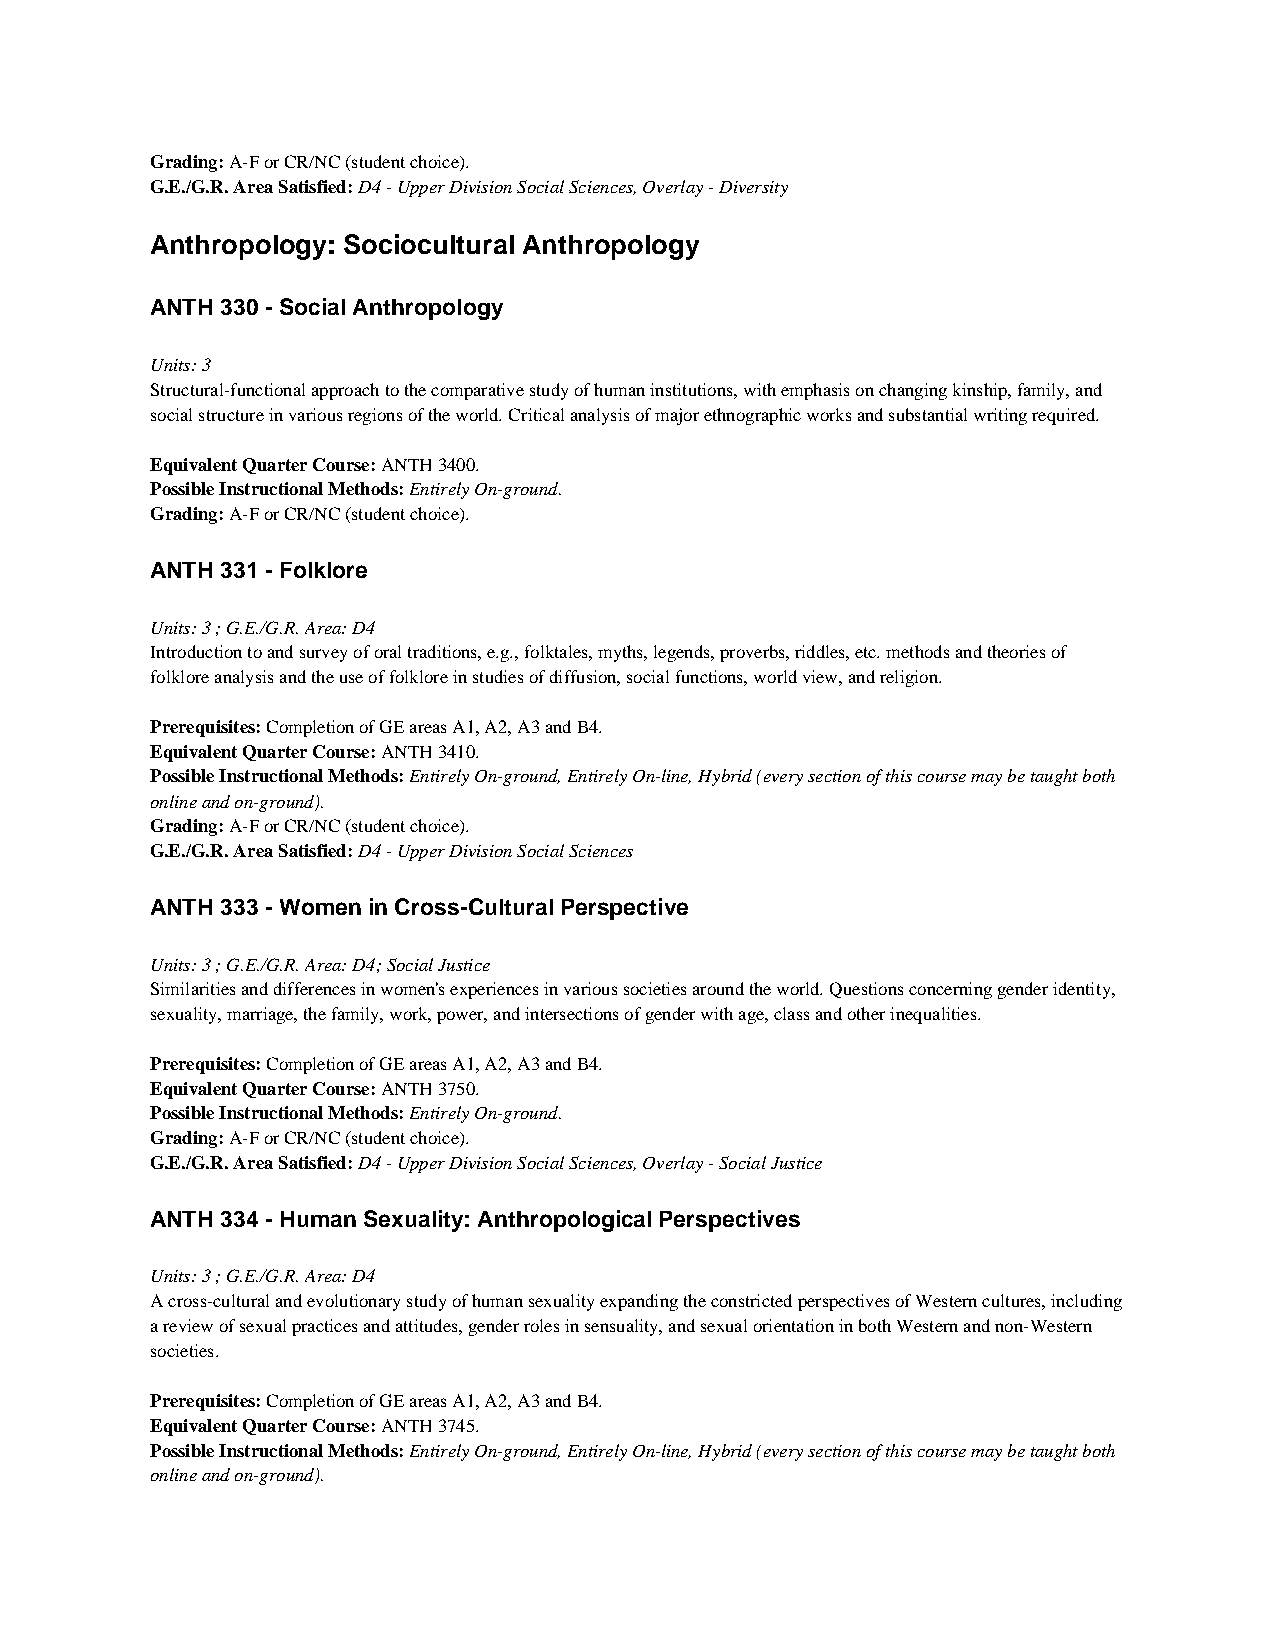
Grading: A-F or CR/NC (student choice).
 G.E./G.R. Area Satisfied: D4 - Upper Division Social Sciences, Overlay - Diversity
 Anthropology: Sociocultural Anthropology
 ANTH 330 - Social Anthropology
 Units: 3
 Structural-functional approach to the comparative study of human institutions, with emphasis on changing kinship, family, and
 social structure in various regions of the world. Critical analysis of major ethnographic works and substantial writing required.
 Equivalent Quarter Course: ANTH 3400.
 Possible Instructional Methods: Entirely On-ground.
 Grading: A-F or CR/NC (student choice).
 ANTH 331 - Folklore
 Units: 3 ; G.E./G.R. Area: D4
 Introduction to and survey of oral traditions, e.g., folktales, myths, legends, proverbs, riddles, etc. methods and theories of
 folklore analysis and the use of folklore in studies of diffusion, social functions, world view, and religion.
 Prerequisites: Completion of GE areas A1, A2, A3 and B4.
 Equivalent Quarter Course: ANTH 3410.
 Possible Instructional Methods: Entirely On-ground, Entirely On-line, Hybrid (every section of this course may be taught both
 online and on-ground).
 Grading: A-F or CR/NC (student choice).
 G.E./G.R. Area Satisfied: D4 - Upper Division Social Sciences
 ANTH 333 - Women in Cross-Cultural Perspective
 Units: 3 ; G.E./G.R. Area: D4; Social Justice
 Similarities and differences in women's experiences in various societies around the world. Questions concerning gender identity,
 sexuality, marriage, the family, work, power, and intersections of gender with age, class and other inequalities.
 Prerequisites: Completion of GE areas A1, A2, A3 and B4.
 Equivalent Quarter Course: ANTH 3750.
 Possible Instructional Methods: Entirely On-ground.
 Grading: A-F or CR/NC (student choice).
 G.E./G.R. Area Satisfied: D4 - Upper Division Social Sciences, Overlay - Social Justice
 ANTH 334 - Human Sexuality: Anthropological Perspectives
 Units: 3 ; G.E./G.R. Area: D4
 A cross-cultural and evolutionary study of human sexuality expanding the constricted perspectives of Western cultures, including
 a review of sexual practices and attitudes, gender roles in sensuality, and sexual orientation in both Western and non-Western
 societies.
 Prerequisites: Completion of GE areas A1, A2, A3 and B4.
 Equivalent Quarter Course: ANTH 3745.
 Possible Instructional Methods: Entirely On-ground, Entirely On-line, Hybrid (every section of this course may be taught both
 online and on-ground).